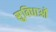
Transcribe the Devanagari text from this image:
सु्विधाओं